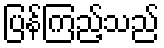
ပြန်ကြည့်သည်